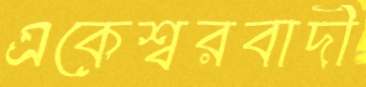
একেশ্বরবাদী